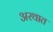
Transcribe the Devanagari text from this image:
अरथात